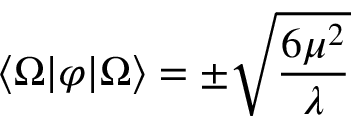
\langle \Omega | \varphi | \Omega \rangle = \pm { \sqrt { \frac { 6 \mu ^ { 2 } } { \lambda } } }